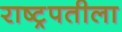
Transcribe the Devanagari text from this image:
राष्ट्रपतीला